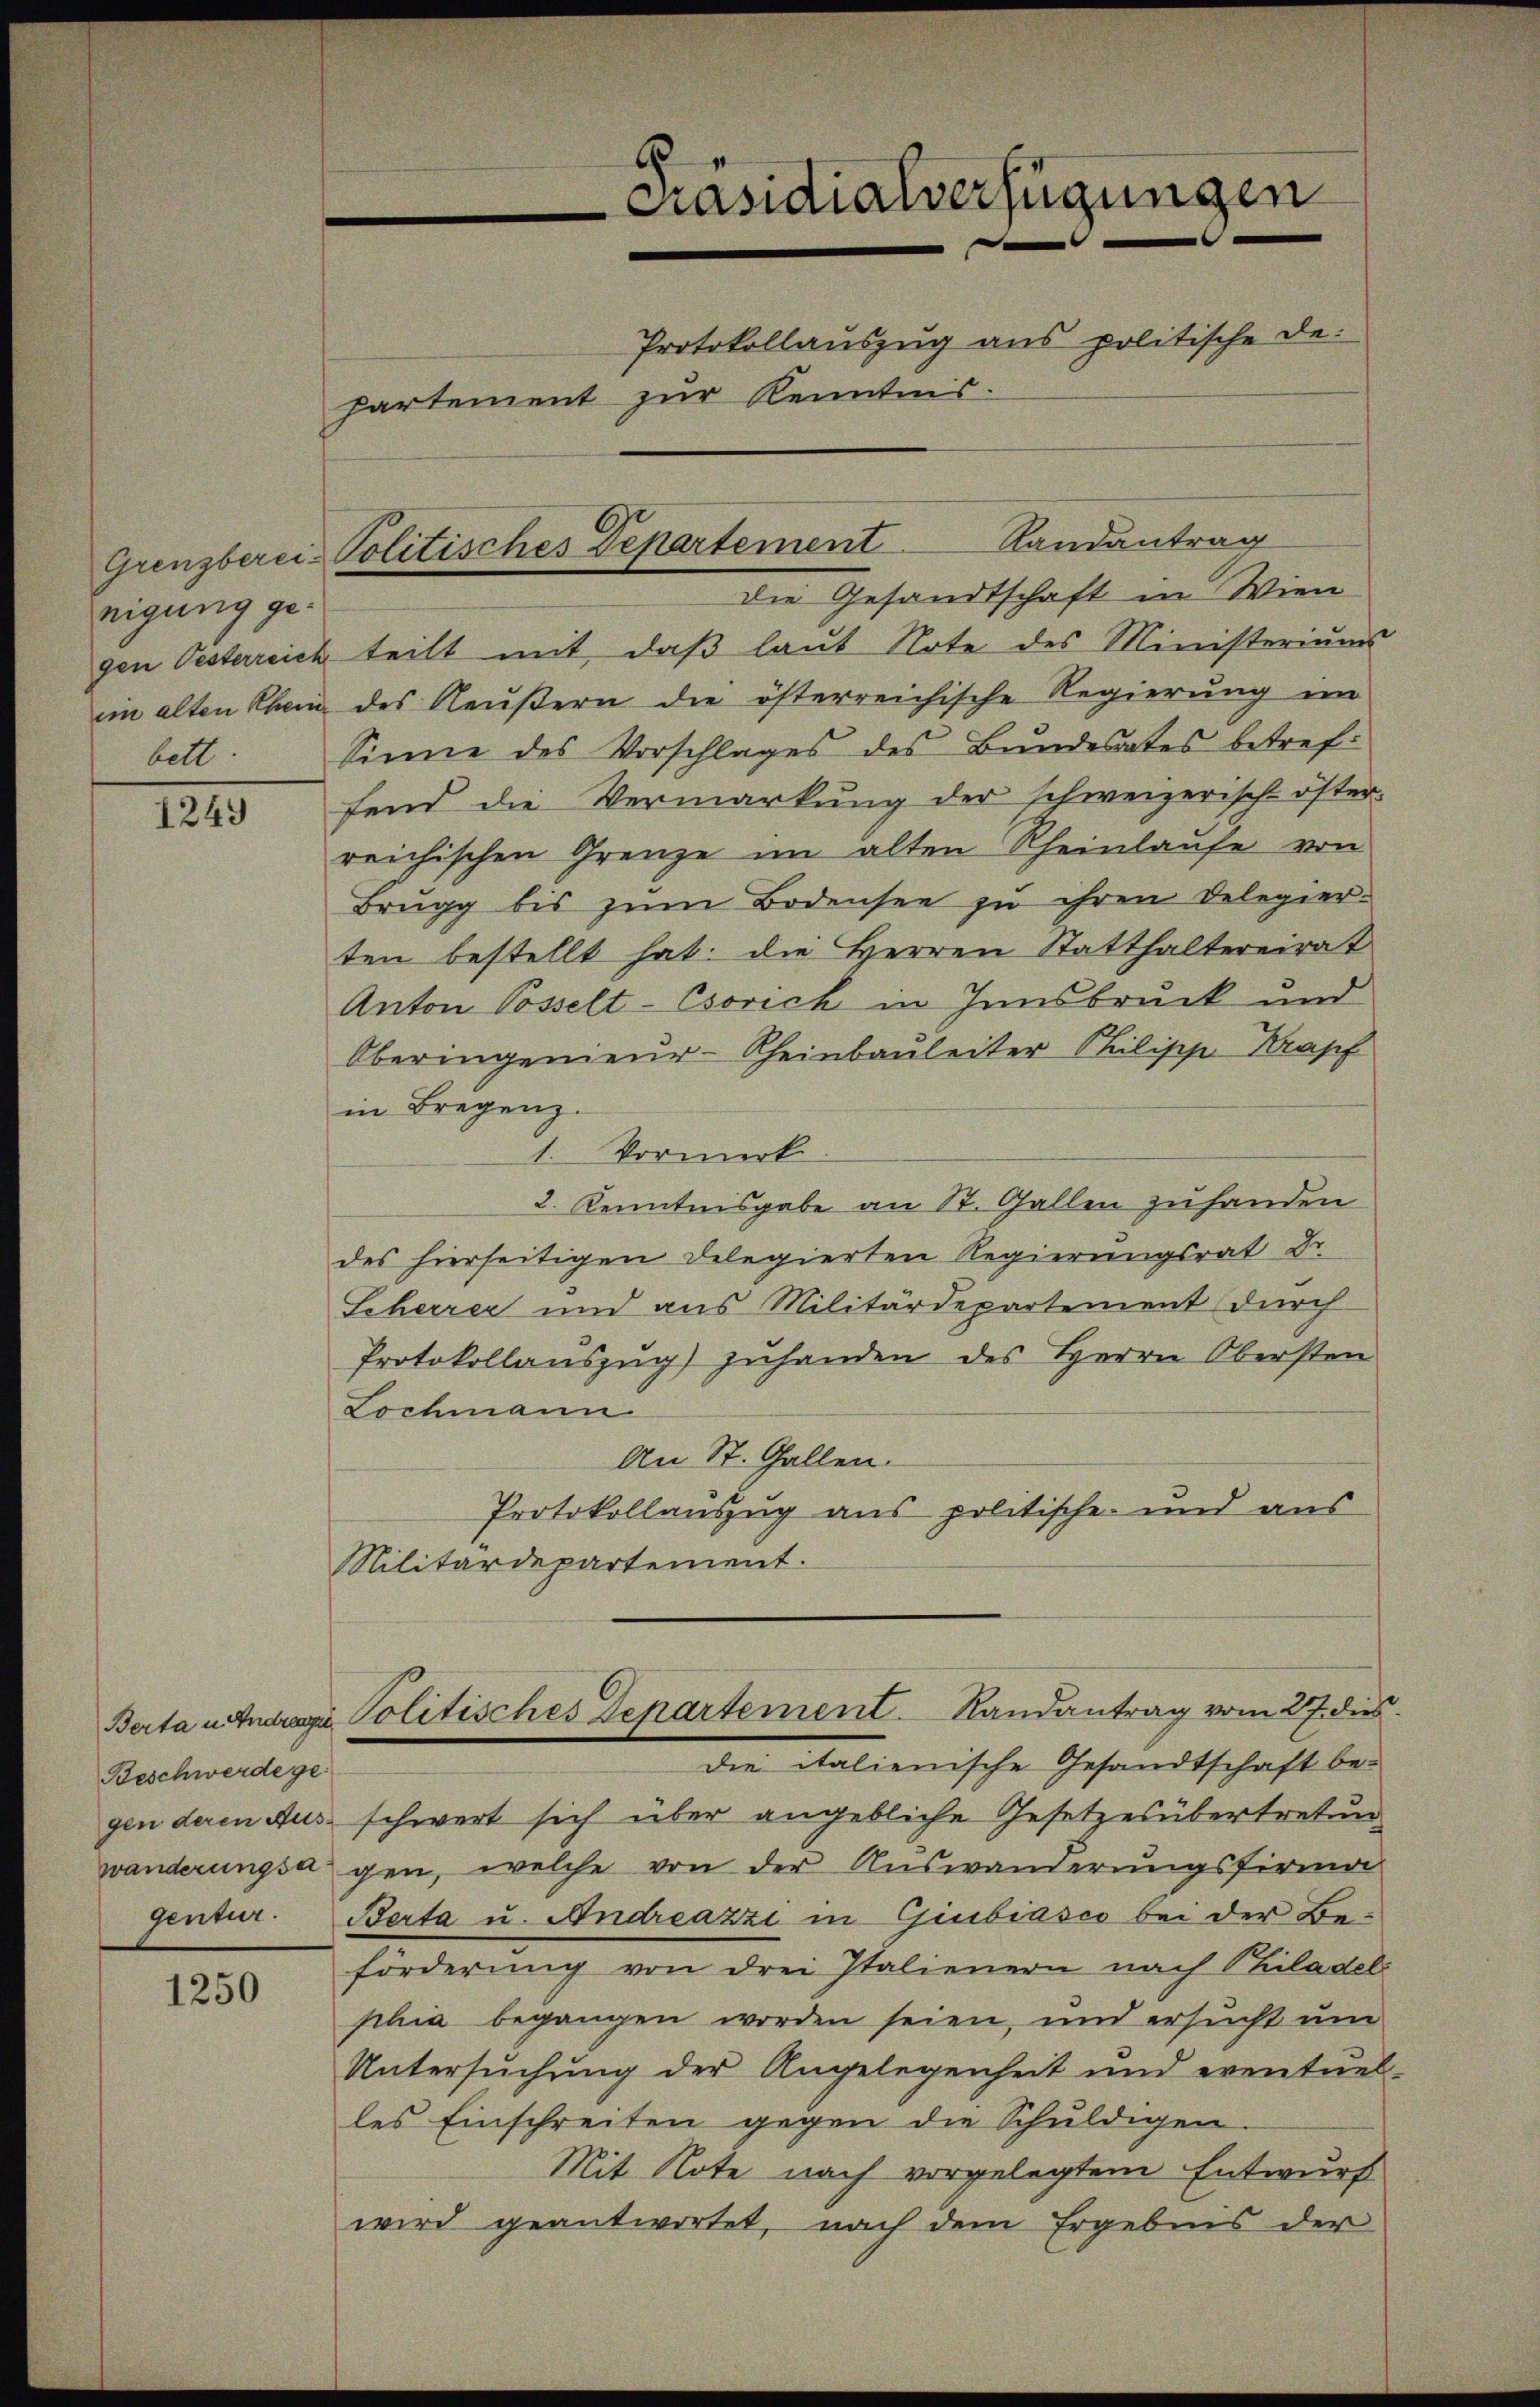
III

¬

Beschwerde ge¬

1250

nigung gebett

Die Gesandtschaft in Wien
gen Oesterreich teilt mit daβ laŭt Note des Ministeriums
eim alten Rhein des Aeußern die österreichische Regierung im
Sinne des Vorschlages des Bŭndesrates betreffend die Vermarkung der schweizerisch-öster-
reichischen Grenze im alten Rheinlaufe von
Brugg bis zum Bodensee zu ihren Delegier-
ten bestellt hat. Die Herren Statthaltereirat
Anton Posselt-Csovich in Innsbruck und
Oberingenieur-Rheinbauleiter Philische Krapf
in Bregenz
1. Vormerk
2. Kenntnisgabe an St. Gallen zufanden
des hierseitigen Delegierten Regierungsrat Dr.
Scherrer und aus Militärdepartement durch
Protokollaŭszŭg) zŭhanden des Herrn Obersten
Lochmann
An St. Gallen.
Protokollauszug aus politische und aus
Militärdepartement.
Berta Politisches Departement. Randantrag vom 27. dies
die italienische Gesandtschaft be-
gen deren Aus schwert sich über angebliche Gesetzesübertretung
wanderungsagen, welche von der Auswanderungsfirma
gentur. Berta u. Andreazzi in Giubiasco bei der Beförderung von drei Italienern nach Philadel
phia begangen worden seien, und ersucht um
Untersuchung der Angelegenheit und eventuel-
les Einschreiten gegen die Schuldigen.
Mit Note nach vorgelegtem Entwurf
wird geantwortet, nach dem Ergebnis der

Präsidialverfügungen
Protokollauszug aus politische de
partement zur Kenntnis.

Grenzberei-Politisches Departement Randantrag